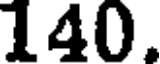
140.